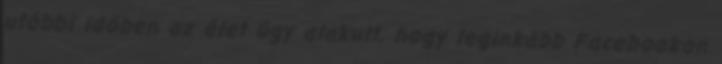
utóbbi időben az élet úgy alakult, hogy leginkább Facebookon